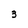
Character: 3